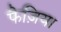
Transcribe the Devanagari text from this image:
फैज़िया